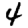
Digit: 4